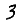
Digit: 3